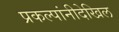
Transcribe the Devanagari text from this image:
प्रकल्पांनीदेखिल